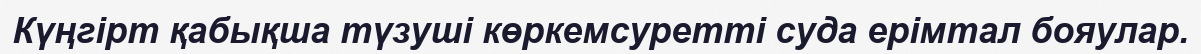
Күңгірт қабықша түзуші көркемсуретті суда ерімтал бояулар.